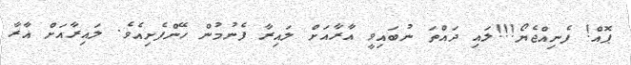
ޕޮއް! ފެނިއްޖެޔޯ!!!ލައި ދައްތަ ނުބައިވީ އާރާއަށް ލައިރާ ފެނުމުން ހޭންފެށިއެވެ. ލައިރާއަށް އާރާ